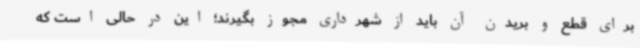
برای قطع و بریدن آن باید از شهرداری مجوز بگیرند؛ این در حالی است که